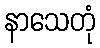
နာသေတုံ